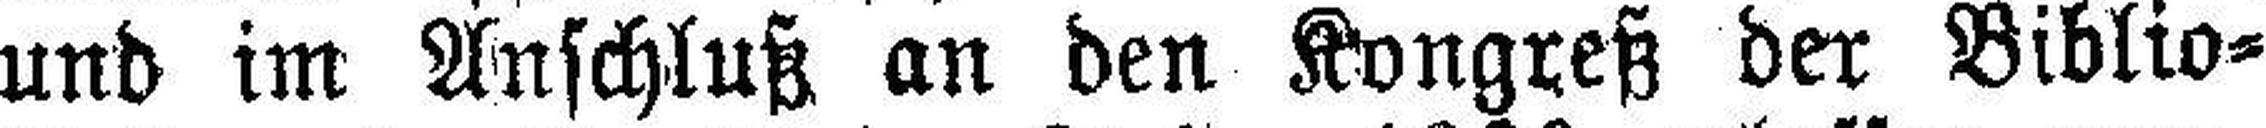
und im Anschluß an den Kongreß der Biblio¬